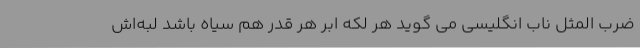
ضرب المثل ناب انگلیسی می گوید هر لکه ابر هر قدر هم سیاه باشد لبه‌اش